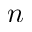
n